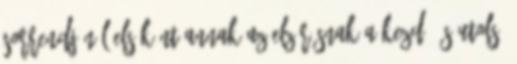
sorrendjénél elsőként annak az elzárásnak a kezdő és utolsó